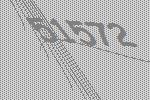
51572